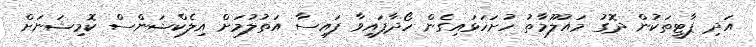
އަދި ޕާޓީތަކުން ދޮގު މައުލޫމާތު ހުށަހަޅައިގެން ހޯދާފައިވާ ފައިސާ އަތުލުމަށް އިލެކްޝަންސް ކޮމިޝަނަށް